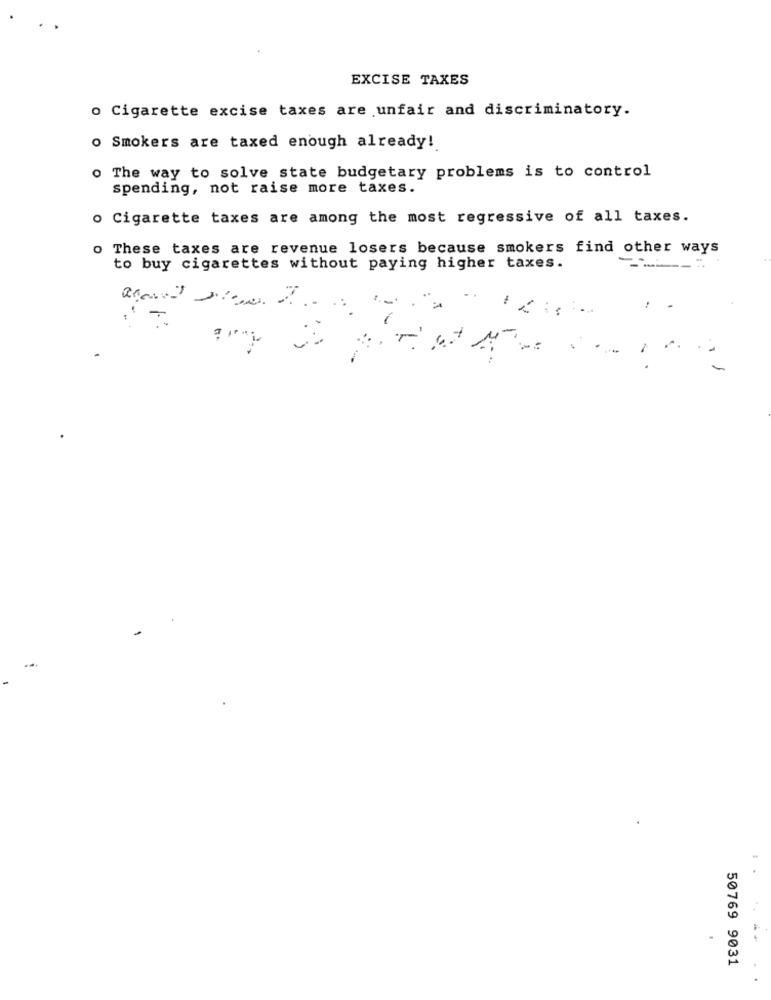
EXCISE TAXES
o Cigarette excise taxes are unfair and discriminatory.
o Smokers are taxed enough already!
o The way to solve state budgetary problems is to control
spending, not raise more taxes.
o Cigarette taxes are among the most regressive of all taxes.
o These taxes are revenue losers because smokers find other ways
to buy cigarettes without paying higher taxes.
1.
-.
50769 9031